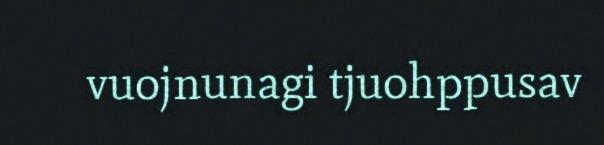
vuojnunagi tjuohppusav